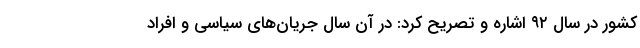
کشور در سال ۹۲ اشاره و تصریح کرد: در آن سال جریان‌های سیاسی و افراد